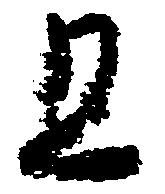
且